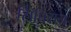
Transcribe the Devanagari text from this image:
सिप्रियन